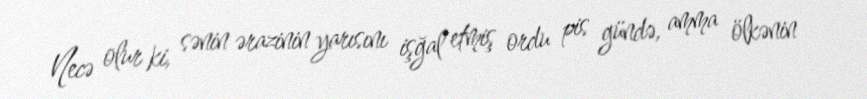
Necə olur ki, sənin ərazinin yarısını işğal etmiş ordu pis gündə, amma ölkənin